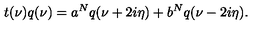
t ( \nu ) q ( \nu ) = a ^ { N } q ( \nu + 2 i \eta ) + b ^ { N } q ( \nu - 2 i \eta ) .